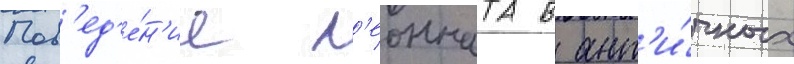
Пов'ед'е́н'ие л'еонната в ант'и́чных